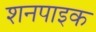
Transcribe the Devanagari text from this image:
शनपाइक